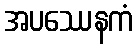
အပဿေနကံ